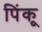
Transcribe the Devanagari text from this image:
पिंकू